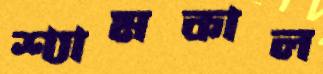
শ্যামকাল